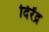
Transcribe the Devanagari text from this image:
दिरेंद्र